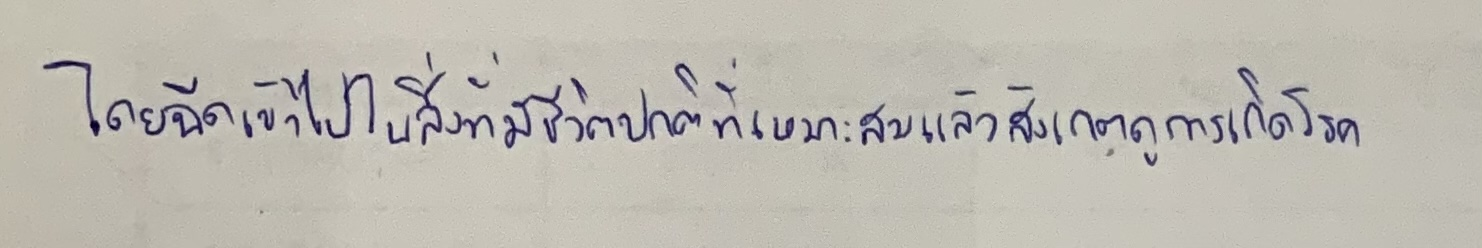
โดยฉีดเข้าไปในสิ่งที่มีชีวิตปกติที่เหมาะสมแล้วสังเกตดูการเกิดโรค